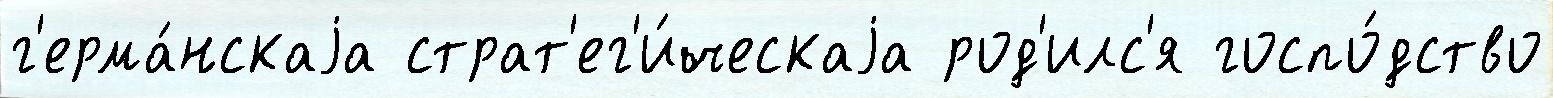
г'ерма́нскаjа страт'ег'и́ческаjа род'илс'я госпо́дство